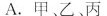
A.甲、乙、丙